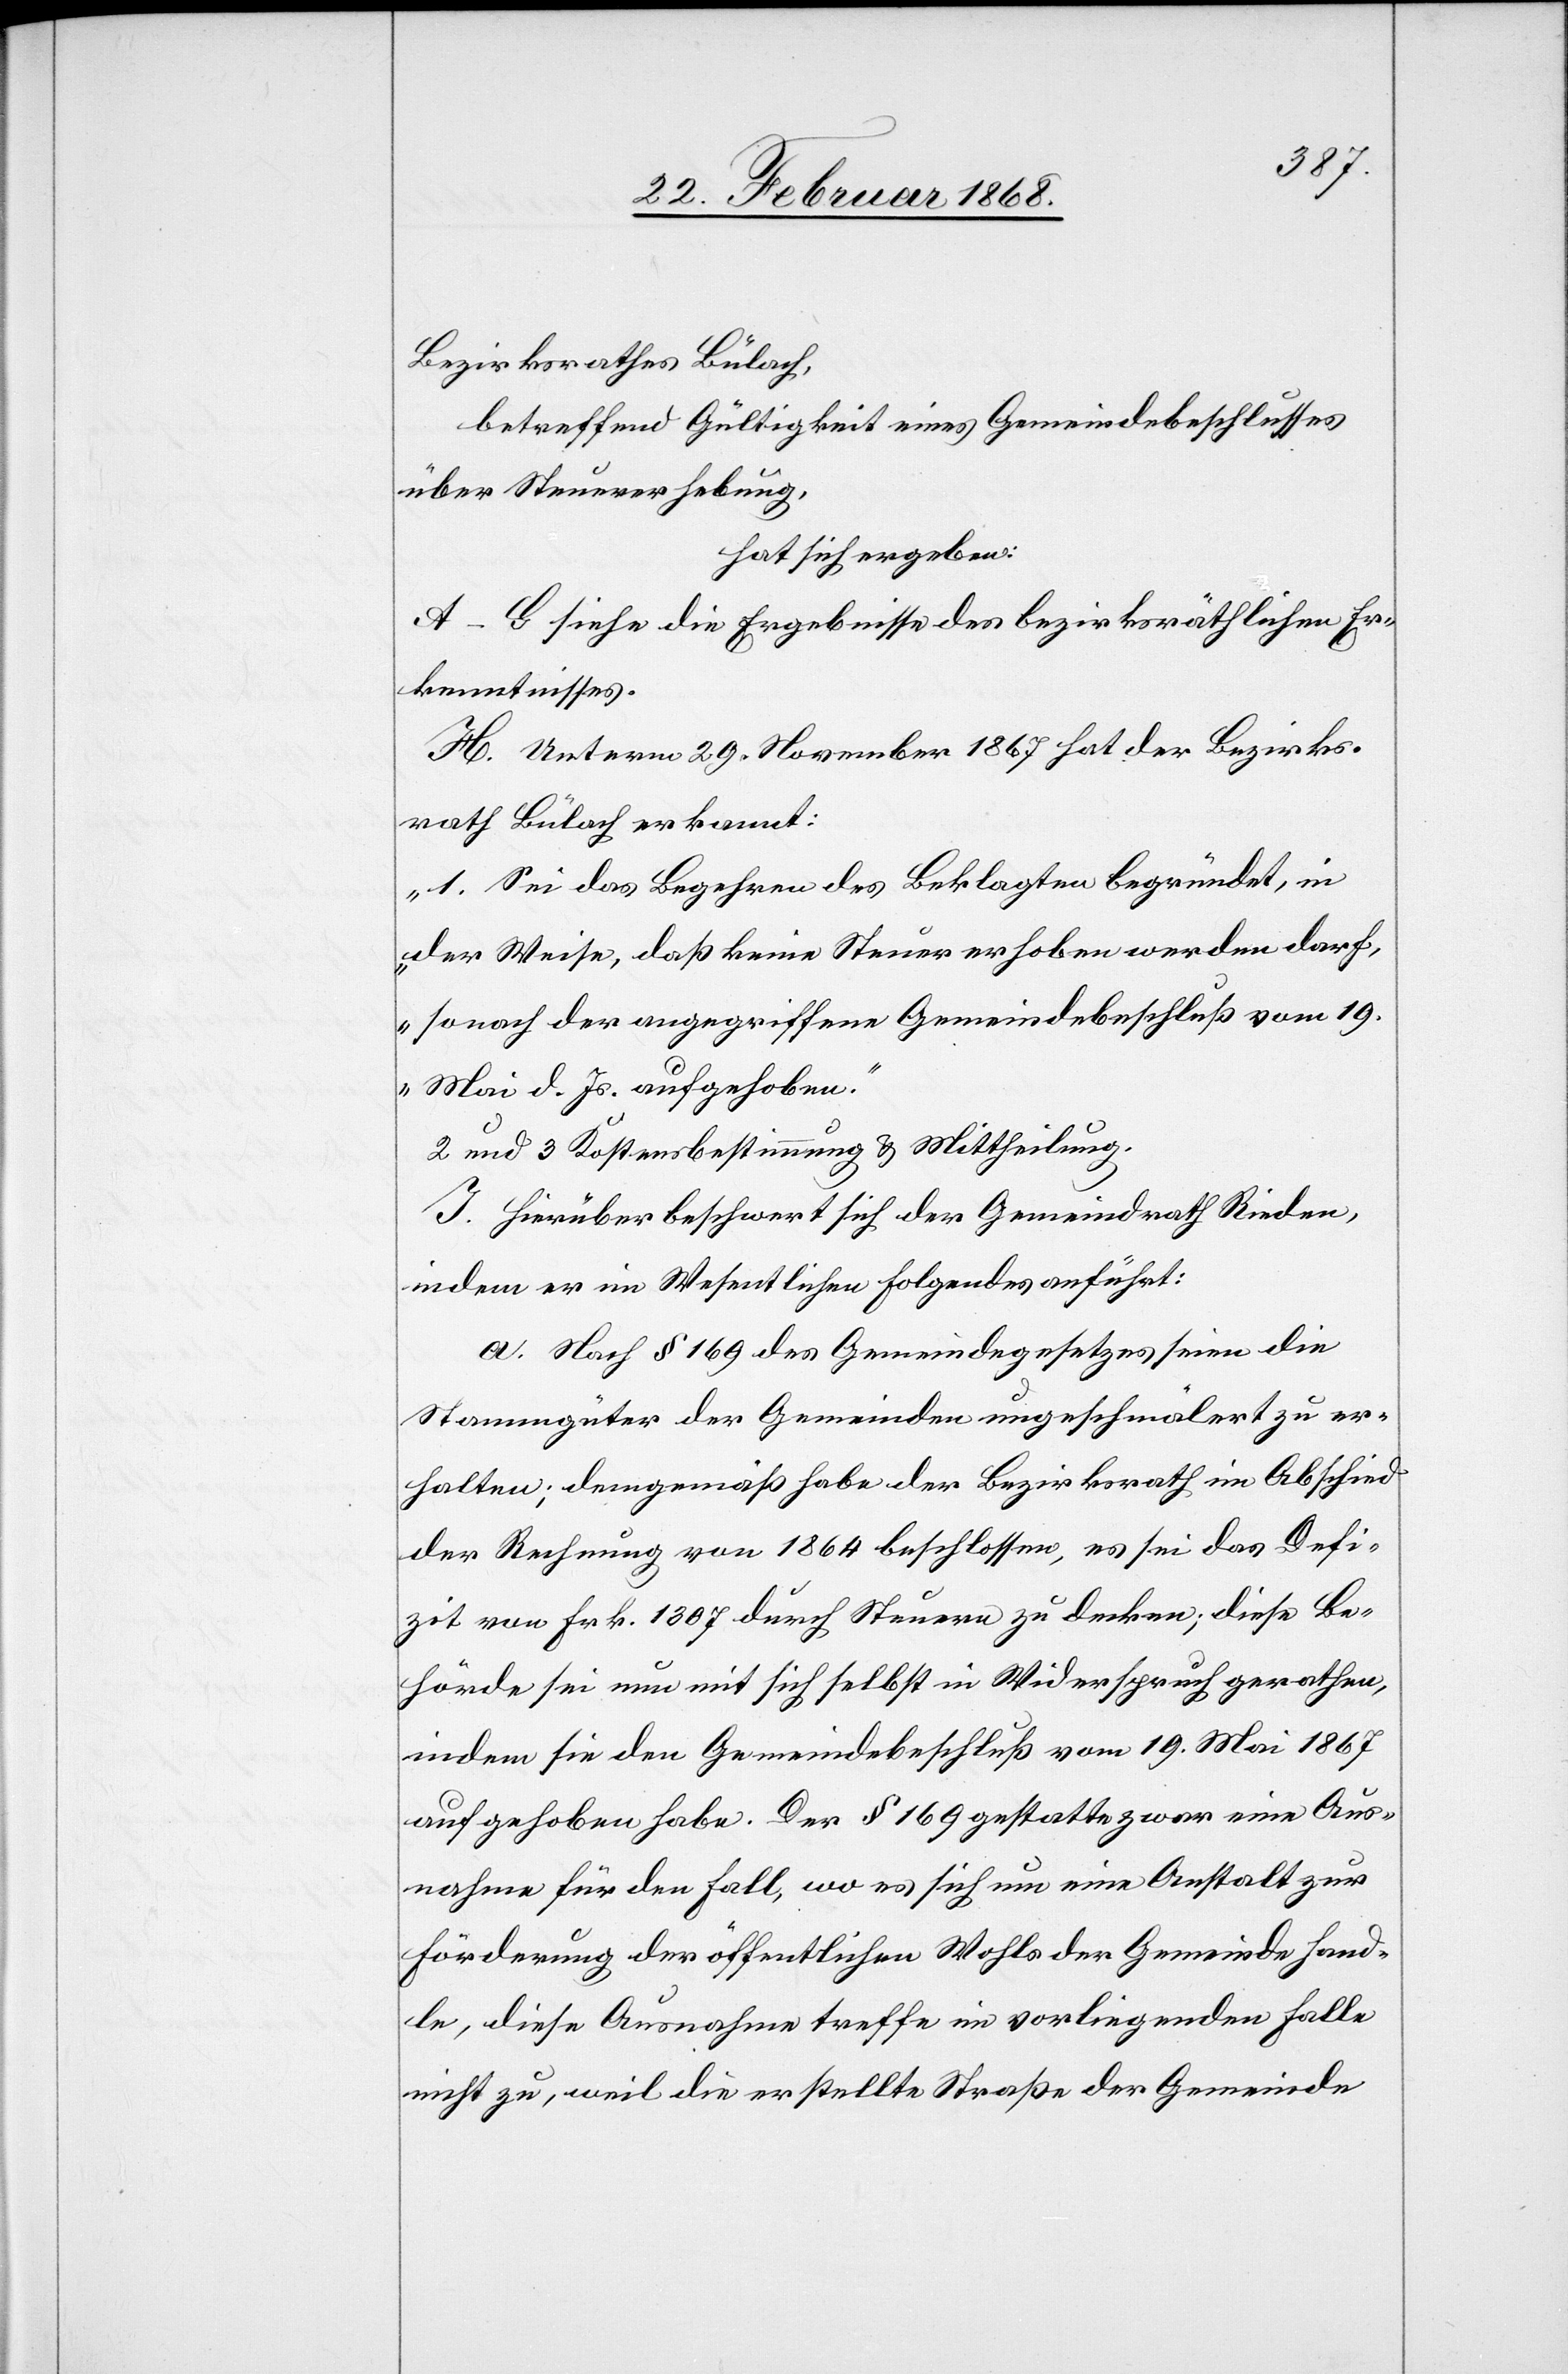
Bezirksrathes Bülach,
betreffend Gültigkeit eines Gemeindebeschlusses
über Steuererhebung,
hat sich ergeben:
A–G siehe die Ergebnisse des bezirksräthlichen Er¬
kenntnisses.
H. Unterm 29. November 1867 hat der Bezirks¬
rath Bülach erkannt:
„1. Sei das Begehren des Beklagten begründet, in
der Weise, daß keine Steuer erhoben werden darf,
sonach der angegriffene Gemeindebeschluß vom 19.
Mai d. Js. aufgehoben.“
2 und 3 Kostensbestimmung & Mittheilung.
I. Hierüber beschwert sich der Gemeindrath Rieden,
indem er im Wesentlichen Folgendes anführt:
a. Nach § 169 des Gemeindegesetzes seien die
Stammgüter der Gemeinden ungeschmälert zu er¬
halten; demgemäß habe der Bezirksrath im Abschied
der Rechnung von 1864 beschlossen, es sei das Defi¬
zit von Frk. 1307 durch Steuern zu decken; diese Be¬
hörde sei nun mit sich selbst in Widerspruch gerathen,
indem sie den Gemeindebeschluß vom 19. Mai 1867
aufgehoben habe. Der § 169 gestatte zwar eine Aus¬
nahme für den Fall, wo es sich um eine Anstalt zur
handle, diese Ausnahme treffe im vorliegenden Falle
nicht zu, weil die erstellte Straße der Gemeinde